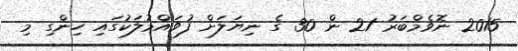
2015 ނޮވެމްބަރު 21 ން 30 ގެ ނިޔަލަށް ފުވައްމުލަކުގައި ހިންގި މި